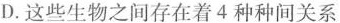
D.这些生物之间存在着4种种间关系